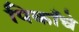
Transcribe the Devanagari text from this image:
पिकाँचे